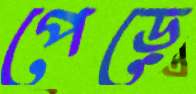
পেড়ে